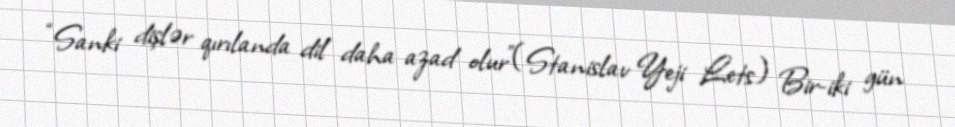
“Sanki dişlər qırılanda dil daha azad olur”(Stanislav Yeji Lets) Bir-iki gün